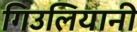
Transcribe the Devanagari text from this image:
गिउलियानी